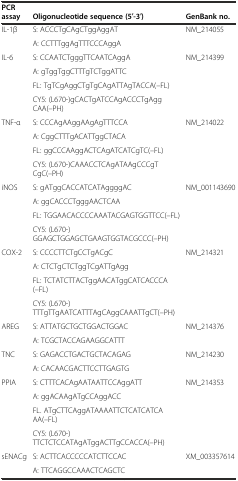
<table><thead><tr><td><b>PCR assay</b></td><td><b>Oligonucleotide sequence (5′-3′)</b></td><td><b>GenBank no.</b></td></tr></thead><tbody><tr><td>IL-1β</td><td>S: ACCCTgCAgCTggAggAT</td><td>NM_214055</td></tr><tr><td></td><td>A: CCTTTggAgTTTCCCAggA</td><td></td></tr><tr><td>IL-6</td><td>S: CCAATCTgggTTCAATCAggA</td><td>NM_214399</td></tr><tr><td></td><td>A: gTggTggCTTTgTCTggATTC</td><td></td></tr><tr><td></td><td>FL: TgTCgAggCTgTgCAgATTAgTACCA(--FL)</td><td></td></tr><tr><td></td><td>CY5: (L670-)gCACTgATCCAgACCCTgAggCAA(--PH)</td><td></td></tr><tr><td>TNF-α</td><td>S: CCCAgAAggAAgAgTTTCCA</td><td>NM_214022</td></tr><tr><td></td><td>A: CggCTTTgACATTggCTACA</td><td></td></tr><tr><td></td><td>FL: ggCCCAAggACTCAgATCATCgTC(--FL)</td><td></td></tr><tr><td></td><td>CY5: (L670-)CAAACCTCAgATAAgCCCgTCgC(--PH)</td><td></td></tr><tr><td>iNOS</td><td>S: gATggCACCATCATAggggAC</td><td>NM_001143690</td></tr><tr><td></td><td>A: ggCACCCTgggAACTCAA</td><td></td></tr><tr><td></td><td>FL: TGGAACACCCCAAATACGAGTGGTTCC(--FL)</td><td></td></tr><tr><td></td><td>CY5: (L670-)GGAGCTGGAGCTGAAGTGGTACGCCC(--PH)</td><td></td></tr><tr><td>COX-2</td><td>S: CCCCTTCTgCCTgACgC</td><td>NM_214321</td></tr><tr><td></td><td>A: CTCTgCTCTggTCgATTgAgg</td><td></td></tr><tr><td></td><td>FL: TCTATCTTACTggAACATggCATCACCCA(--FL)</td><td></td></tr><tr><td></td><td>CY5: (L670-)TTTgTTgAATCATTTAgCAggCAAATTgCT(--PH)</td><td></td></tr><tr><td>AREG</td><td>S: ATTATGCTGCTGGACTGGAC</td><td>NM_214376</td></tr><tr><td></td><td>A: TCGCTACCAGAAGGCATTT</td><td></td></tr><tr><td>TNC</td><td>S: GAGACCTGACTGCTACAGAG</td><td>NM_214230</td></tr><tr><td></td><td>A: CACAACGACTTCCTTGAGTG</td><td></td></tr><tr><td>PPIA</td><td>S: CTTTCACAgAATAATTCCAggATT</td><td>NM_214353</td></tr><tr><td></td><td>A: ggACAAgATgCCAggACC</td><td></td></tr><tr><td></td><td>FL. ATgCTTCAggATAAAATTCTCATCATCAAA(--FL)</td><td></td></tr><tr><td></td><td>CY5: (L670-)TTCTCTCCATAgATggACTTgCCACCA(--PH)</td><td></td></tr><tr><td>sENACg</td><td>S: ACTTCACCCCCATCTTCCAC</td><td>XM_003357614</td></tr><tr><td></td><td>A: TTCAGGCCAAACTCAGCTC</td><td></td></tr></tbody></table>